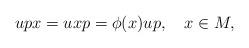
LaTeX: \begin{align*}upx=uxp=\phi(x)up,\ \ \ x\in M,\end{align*}